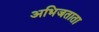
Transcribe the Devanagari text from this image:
अभिजताता